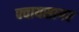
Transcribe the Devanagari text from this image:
फ्वायसागर